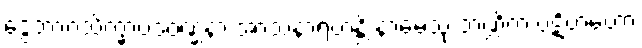
ဒွေဘာဂသိက္ခာပဒဝဏ္ဏနာ အာသနာရဟန္တိ နာမေသု ဘဏ္ဍိကံ ပဋိဟတော